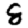
Digit: 8